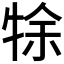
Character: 𤙛